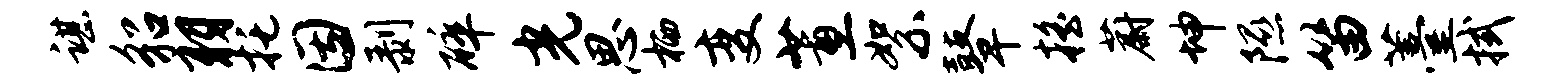
谌貂羽托因剥碎光思栖变蕙絮鼙摇蔚坤隰笛薹拭